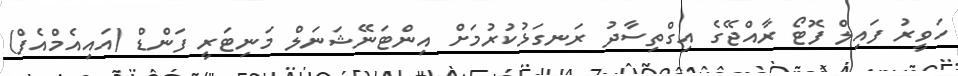
ހަވީރު ފައިލް ފޮޓޯ ރާއްޖޭގެ އިގްތިސާދު ރަނގަޅުކުރުމަށް އިންޓަނޭޝަނަލް މަނިޓަރީ ފަންޑް (އައިއެމްއެފް)